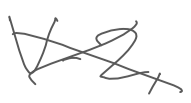
Text: V-2,
Cross-out: cross
Writing tool: digital_gray